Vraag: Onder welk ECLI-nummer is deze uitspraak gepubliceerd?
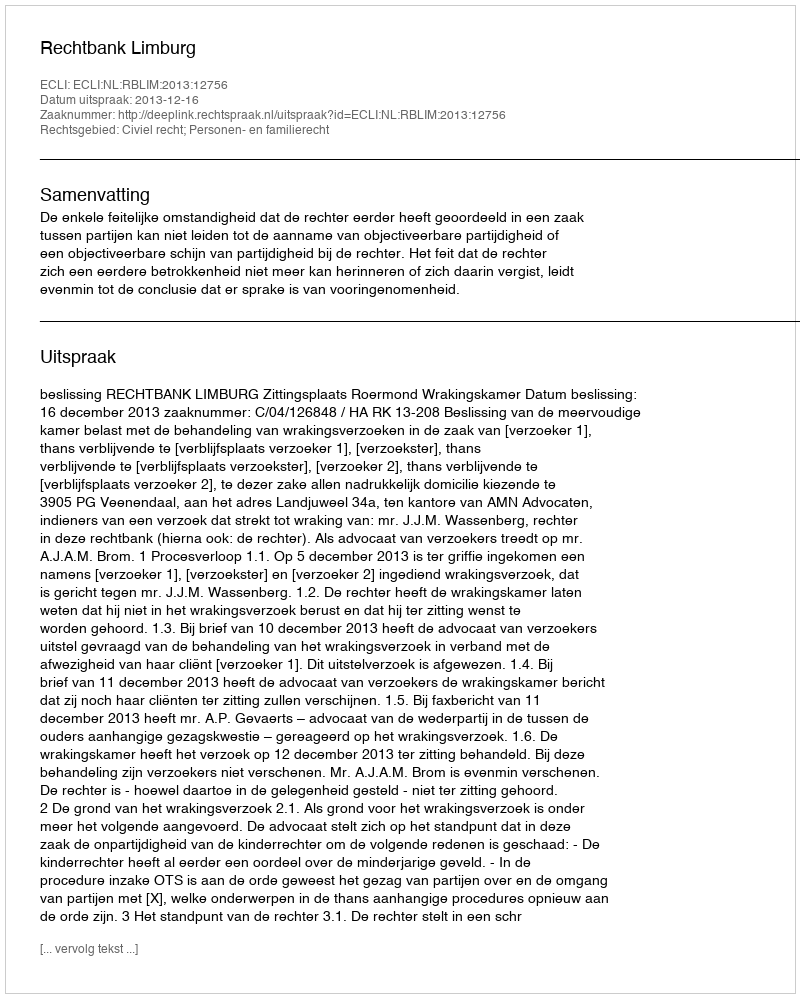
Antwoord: ECLI:NL:RBLIM:2013:12756